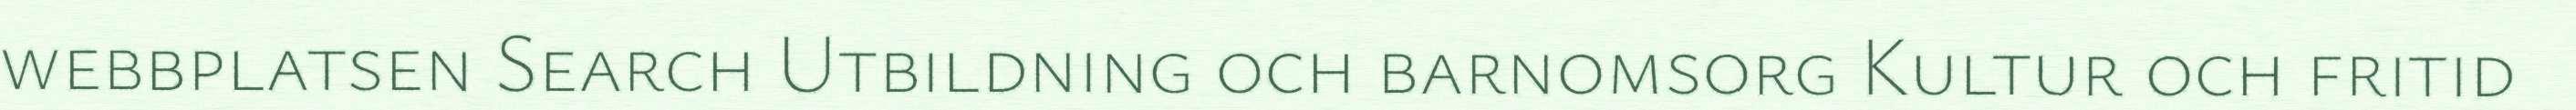
webbplatsen Search Utbildning och barnomsorg Kultur och fritid